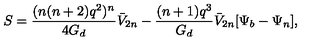
S = \frac { ( n ( n + 2 ) q ^ { 2 } ) ^ { n } } { 4 G _ { d } } \bar { V } _ { 2 n } - \frac { ( n + 1 ) q ^ { 3 } } { G _ { d } } \bar { V } _ { 2 n } [ \Psi _ { b } - \Psi _ { n } ] ,